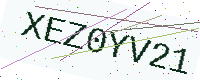
Text: XEZ0YV21